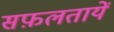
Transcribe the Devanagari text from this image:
सफ़लतायें